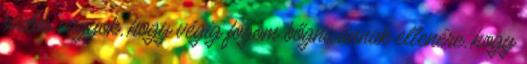
biztos vagyok, hogy végig fogom bőgni, annak ellenére, hogy